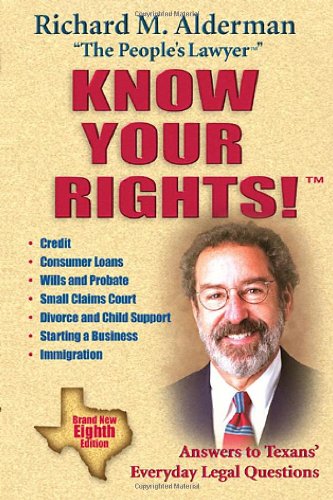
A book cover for Know Your Rights!: Answers to Texans' Everyday Legal Questions; Richard M. Alderman; Law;